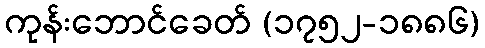
ကုန်းဘောင်ခေတ် (၁၇၅၂-၁၈၈၆)